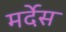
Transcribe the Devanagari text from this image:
मर्देस